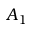
A _ { 1 }